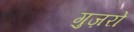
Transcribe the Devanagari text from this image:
गुज़रो